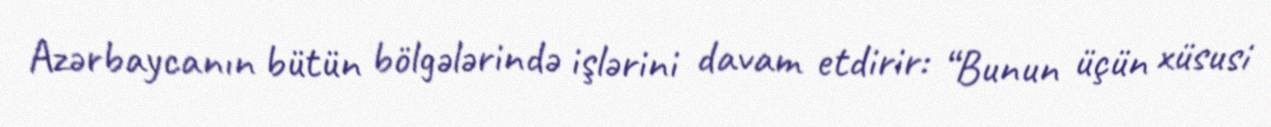
Azərbaycanın bütün bölgələrində işlərini davam etdirir: “Bunun üçün xüsusi